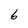
Character: 6